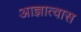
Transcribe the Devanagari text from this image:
आज्ञात्वास